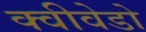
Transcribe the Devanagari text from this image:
क्वीवेडो